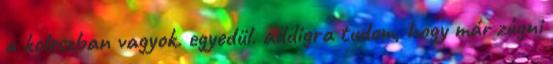
a koleszban vagyok. egyedül. addigra tudom, hogy már zúgni